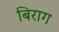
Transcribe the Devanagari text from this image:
बिराग